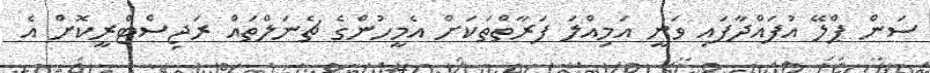
ސަން ޕްލޭ އުފައްދާފައި ވަނީ އަމިއްލަ ފަރާތްތަކަށް އެމީހުންގެ ޗެނަލްތައް ރަޖިސްޓްރީކޮށް އެ